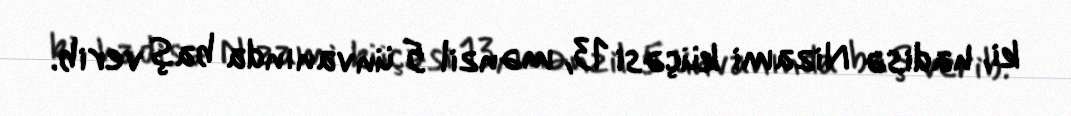
ki, hadisə Nizami küçəsi 13, mənzil 5 ünvanında baş verib.